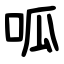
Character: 呱